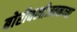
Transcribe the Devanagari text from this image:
बोरीवलीजवळच्या